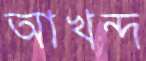
আখন্দ